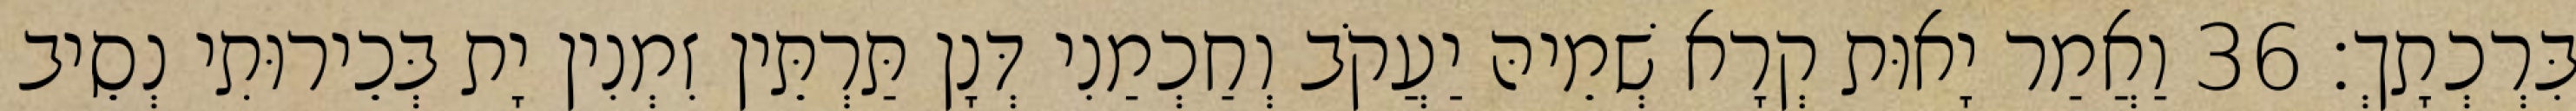
בִּרְכְתָךְ׃ 36 וַאֲמַר יָאוּת קְרָא שְׁמֵיהּ יַעֲקֹב וְחַכְמַנִי דְּנָן תַּרְתֵּין זִמְנִין יָת בְּכֵירוּתִי נְסֵיב